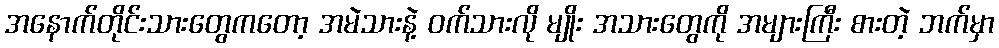
အနောက်တိုင်းသားတွေကတော့ အမဲသားနဲ့ ဝက်သားလို မျိုး အသားတွေကို အများကြီး စားတဲ့ ဘက်မှာ